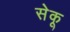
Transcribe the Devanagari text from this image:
सेकू